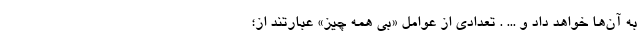
به آن‌ها خواهد داد و ... . تعدادی از عوامل «بی همه چیز» عبارتند از؛